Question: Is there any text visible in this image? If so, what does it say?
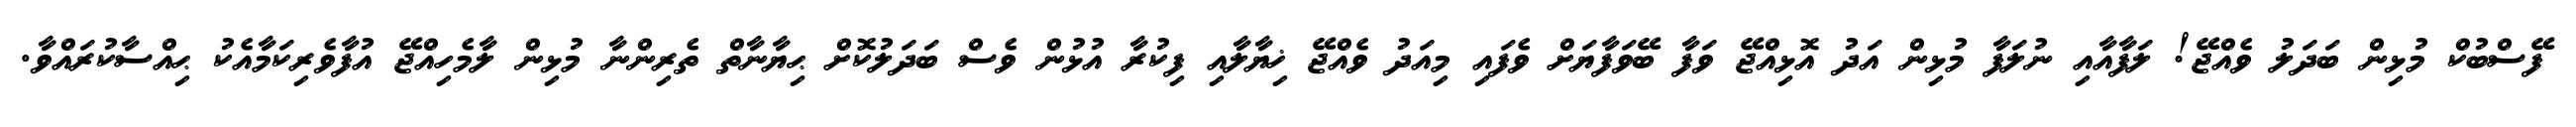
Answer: ފޭސްބުކް މުޅިން ބަދަލު ވެއްޖޭ! ލަފާއާއި ނުލަފާ މުޅިން އަދު އޮޅިއްޖޭ ވަފާ ބޭވަފާޔަށް ވެފައި މިއަދު ވެއްޖޭ ޚިޔާލާއި ފިކުރާ އުޅުން ވެސް ބަދަލުކޮށް ޙިޔާނާތް ތެރިންނާ މުޅިން ލާމެހިއްޖޭ އުފާވެރިކަމާއެކު ޙިއްސާކުރައްވާ.